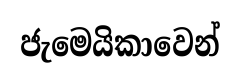
ජැමෙයිකාවෙන්